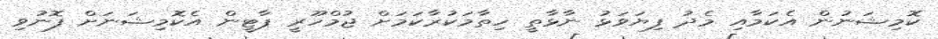
ކޮމިޝަނުން އެކަމާއި މެދު ފިޔަވަޅު ނާޅާތީ ހިތާމަކުރާކަމަށް ޖުމްހޫރީ ޕާޓީން އެކޮމިޝަނަށް ފޮނުވި